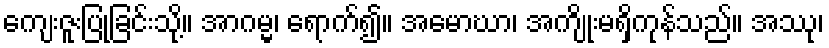
ကျေးဇူးပြုခြင်းသို့။ အာဂမ္မ၊ ရောက်၍။ အမောဃာ၊ အကျိုးမရှိကုန်သည်။ အဿု၊